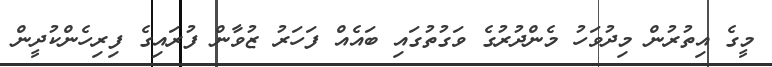
މީގެ އިތުރުން މިދުވަހު މެންދުރުގެ ވަގުތުގައި ބައެއް ފަހަރު ޒުވާން ފުރައިގެ ފިރިހެންކުދީން